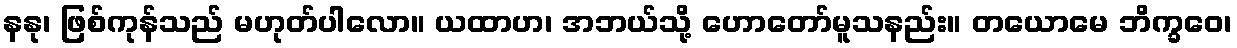
နနု၊ ဖြစ်ကုန်သည် မဟုတ်ပါလော။ ယထာဟ၊ အဘယ်သို့ ဟောတော်မူသနည်း။ တယောမေ ဘိက္ခဝေ၊